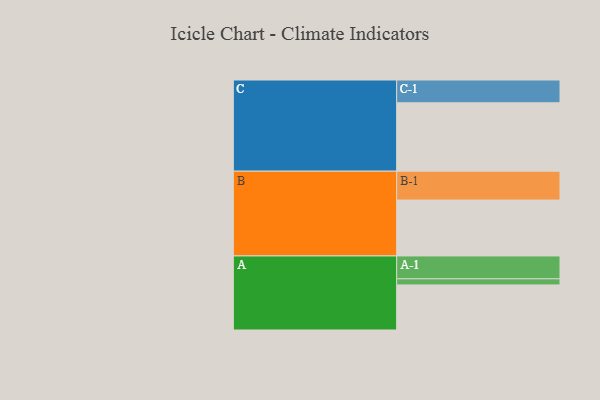
{"axis": {"x": "Segment", "y": "Value"}, "legend": ["", "A", "B", "C"], "data": [{"x": "A", "y": 384, "type": ""}, {"x": "B", "y": 476, "type": ""}, {"x": "C", "y": 583, "type": ""}, {"x": "A-1", "y": 195, "type": "A"}, {"x": "A-2", "y": 52, "type": "A"}, {"x": "B-1", "y": 246, "type": "B"}, {"x": "C-1", "y": 194, "type": "C"}]}